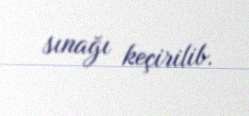
sınağı keçirilib.